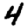
Digit: 4